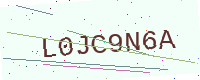
Text: L0JC9N6A